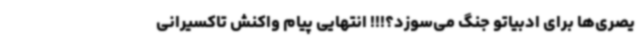
یصری‌ها برای ادبیاتو جنگ می‌سوزد؟!!! انتهایی پیام واکنش تاکسیرانی